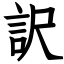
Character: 訳